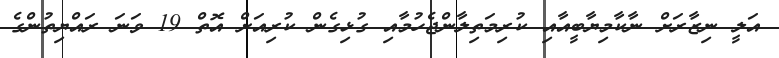
އަލީ ނިޒާރަށް ނާކާމިޔާބީއާއި ކުރިމަތިލާންޖެހުމާއި ގުޅިގެން ކުރިއަށް އޮތް 19 ވަނަ ރައްޔިތުންގެ